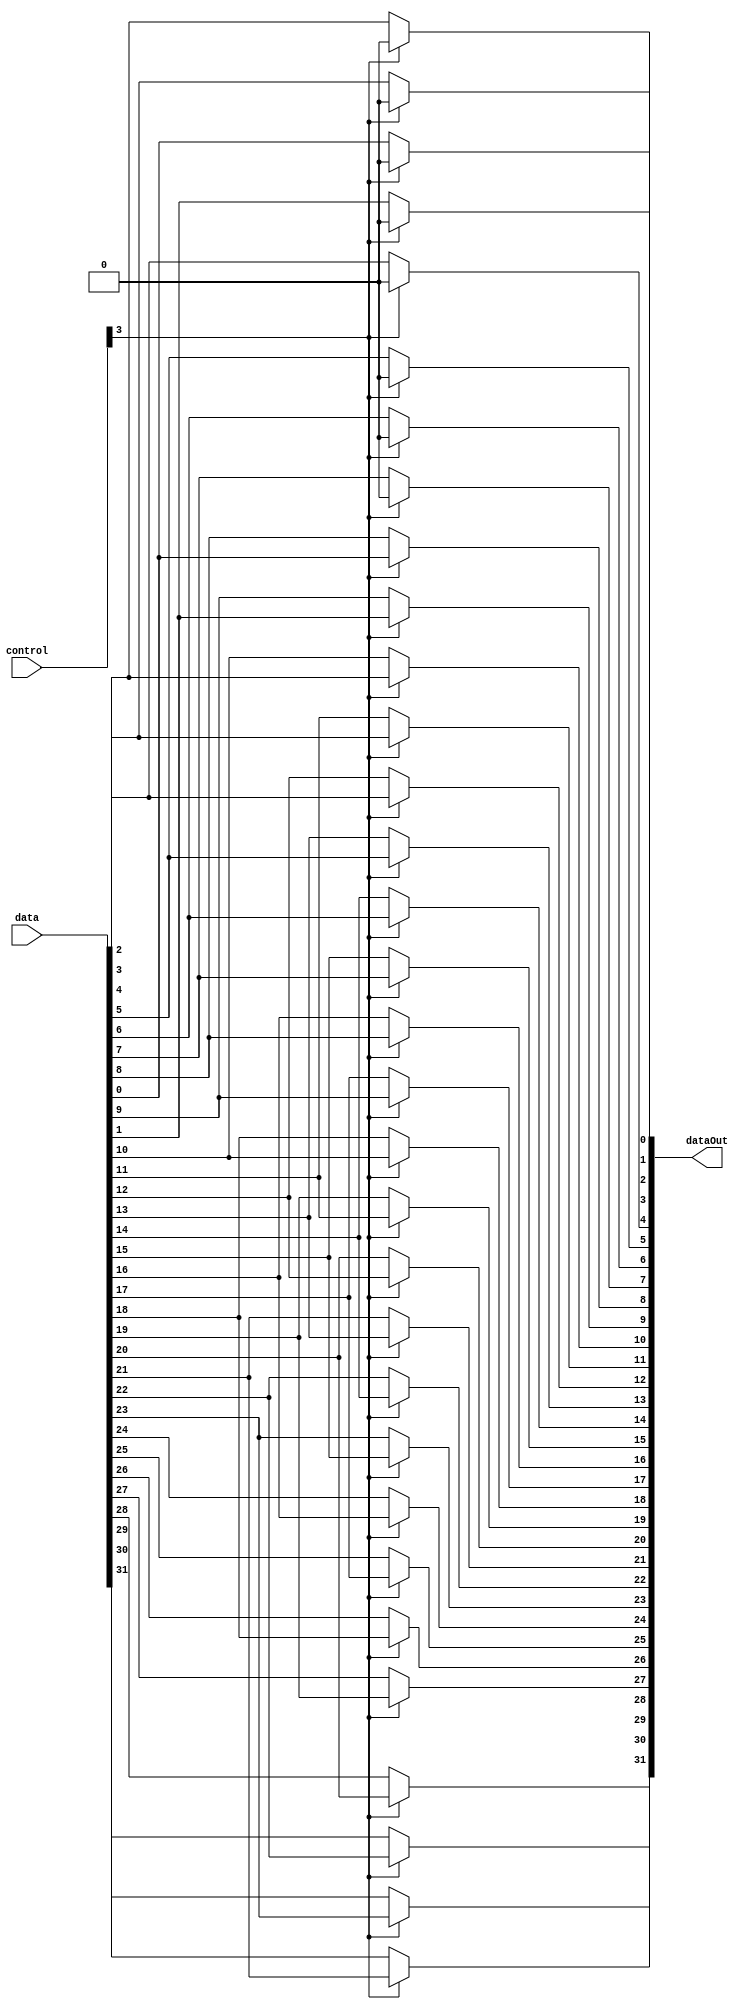
module Shifter_3( data, control, dataOut );
// 2^3(8bit)

input [31:0] data;
input [31:0] control;
output [31:0] dataOut ;

assign dataOut[0] = ( control[3] == 1 ) ? 1'b0 : data[0];
assign dataOut[1] = ( control[3] == 1 ) ? 1'b0 : data[1];
assign dataOut[2] = ( control[3] == 1 ) ? 1'b0 : data[2];
assign dataOut[3] = ( control[3] == 1 ) ? 1'b0 : data[3];
assign dataOut[4] = ( control[3] == 1 ) ? 1'b0 : data[4];
assign dataOut[5] = ( control[3] == 1 ) ? 1'b0 : data[5];
assign dataOut[6] = ( control[3] == 1 ) ? 1'b0 : data[6];
assign dataOut[7] = ( control[3] == 1 ) ? 1'b0 : data[7];
assign dataOut[8] = ( control[3] == 1 ) ? data[0] : data[8];
assign dataOut[9] = ( control[3] == 1 ) ? data[1] : data[9];
assign dataOut[10] = ( control[3] == 1 ) ? data[2] : data[10];
assign dataOut[11] = ( control[3] == 1 ) ? data[3] : data[11];
assign dataOut[12] = ( control[3] == 1 ) ? data[4] : data[12];
assign dataOut[13] = ( control[3] == 1 ) ? data[5] : data[13];
assign dataOut[14] = ( control[3] == 1 ) ? data[6] : data[14];
assign dataOut[15] = ( control[3] == 1 ) ? data[7] : data[15];
assign dataOut[16] = ( control[3] == 1 ) ? data[8] : data[16];
assign dataOut[17] = ( control[3] == 1 ) ? data[9] : data[17];
assign dataOut[18] = ( control[3] == 1 ) ? data[10] : data[18];
assign dataOut[19] = ( control[3] == 1 ) ? data[11] : data[19];
assign dataOut[20] = ( control[3] == 1 ) ? data[12] : data[20];
assign dataOut[21] = ( control[3] == 1 ) ? data[13] : data[21];
assign dataOut[22] = ( control[3] == 1 ) ? data[14] : data[22];
assign dataOut[23] = ( control[3] == 1 ) ? data[15] : data[23];
assign dataOut[24] = ( control[3] == 1 ) ? data[16] : data[24];
assign dataOut[25] = ( control[3] == 1 ) ? data[17] : data[25];
assign dataOut[26] = ( control[3] == 1 ) ? data[18] : data[26];
assign dataOut[27] = ( control[3] == 1 ) ? data[19] : data[27];
assign dataOut[28] = ( control[3] == 1 ) ? data[20] : data[28];
assign dataOut[29] = ( control[3] == 1 ) ? data[21] : data[29];
assign dataOut[30] = ( control[3] == 1 ) ? data[22] : data[30];
assign dataOut[31] = ( control[3] == 1 ) ? data[23] : data[31];

endmodule